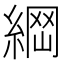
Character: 𦂴